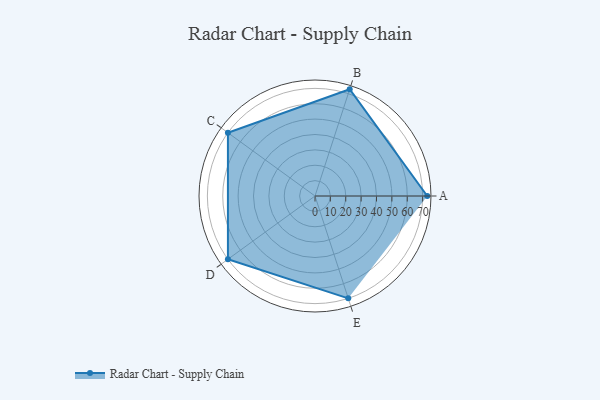
{"axis": {"x": "Skill", "y": "Score"}, "legend": ["Profile"], "data": [{"x": "A", "y": 73.0, "type": "Profile"}, {"x": "B", "y": 73.0, "type": "Profile"}, {"x": "C", "y": 70.0, "type": "Profile"}, {"x": "D", "y": 70.0, "type": "Profile"}, {"x": "E", "y": 70.0, "type": "Profile"}]}